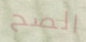
الصح